Vaccination Hyderabad 1872-1889 - 1872-1889
Year: 1872
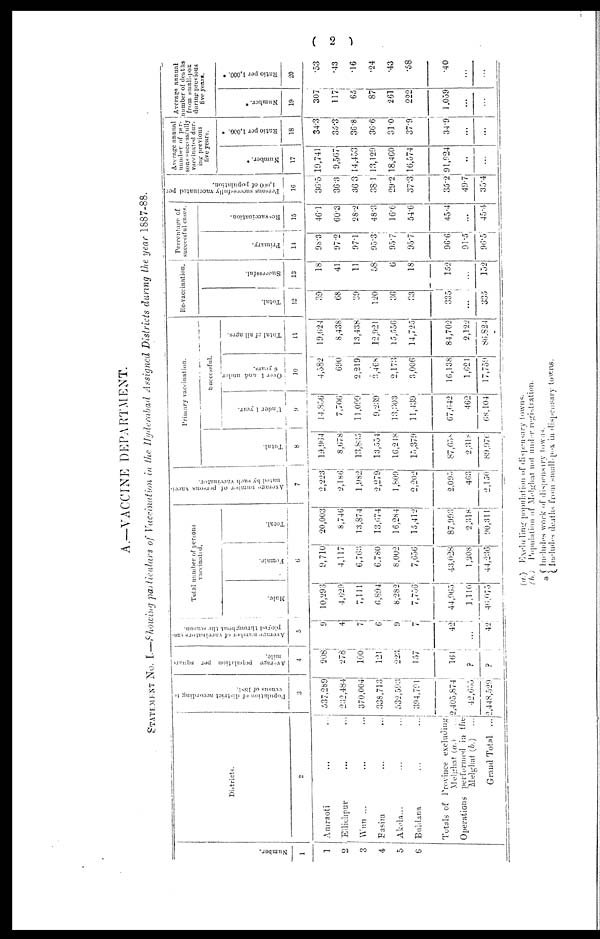
( 2 )
A.—VACCINE DEPARTMENT.
STATEMENT No. I.—Showing particulars of Vaccination in the Hyderabad Assigned Districts during the year 1887-88.
Number.
1
1
2
3
4
5
6
Districts.
2
Amraoti
...
...
Ellichpur ... ...
Wun ... ...
Basim ... ...
Akola... ...
Buldana
...
...
Totals of Province excluding
Melghat (a.)
...
Operations performed in the
Melghat(b.)
...
Grand Total ...
Population of district according to
census of
1881.
3
537,289
232,484
370,004
338,713
532,593
304,791
2,405,874
42,655
2,448,529
Average population per square
mile.
4
208
278
100
121
223
157
161
?
?
Average number of vaccinators em¬
ployed throughout the season.
5
9
4
7
6
9
7
42
...
42
Total number of persons
vaccinated.
Male.
Female.
Total.
6
10,293
4,629
7,111
6,894
8,282
7,756
44,965
1,110
46,075
9,710
4,117
6,763
6,780
8,002
7,656
43,028
1,208
44,236
20,003
8,746
13,874
13,674
16,284
15,412
87,993
2,318
90,311
Average number of persons vacci-
nated by each vaccinator.
7
2,223
2,186
1,982
2,279
1,809
2,202
2,095
463
2,150
Primary vaccination.
Total.
8
19,964
8,678
13,835
13,554
16,218
15,379
87,658
2,318
89,970
successful.
Under 1 year.
9
14,856
7,706
11,099
9,239
13,303
11,439
67,642
462
68,104
Over 1 and under
6 years.
10
4,582
690
2,219
3,468
2,173
3,006
16,138
1,621
17,759
Total of all ages.
11
19,624
8,438
13,438
12,921
15,556
14,725
84,702
2,122
86,824
Re-vaccination.
Total.
12
39
68
39
120
36
33
335
...
335
Successful.
13
18
41
11
58
6
18
152
...
152
Percentage of
successful cases.
Primary.
14
98.3
97.2
97.1
95.3
95.7
95.7
96.6
91.5
96.5
Re-vaccination.
15
46.1
60.3
28.2
48.3
16.6
54.6
45.4
...
45.4
Persons successfully vaccinated per
1,000 of population.
16
36.5
36.3
36.3
38.1
29.2
37.3
35.2
49.7
35.4
Average annual
number of per-
sons successfully
vaccinated dur-
ing previous
five years.
Number. *
17
19,741
9,567
14,453
13,129
18,460
16,574
91,924
...
...
Ratio per 1,000. *
18
34.3
35.3
36.8
36.6
31.0
37.9
34.9
...
...
Average annual
number of deaths
from small-pox
during previous
five years.
Number. *
19
307
117
65
87
261
222
1,059
...
...
Ratio per 1,000. *
20
.53
.43
.16
.24
.43
.58
.40
...
...
(a.)
(b.)
*
Excluding population of dispensary towns.
Population of Melghat not under registration.
Includes work of dispensary towns.
Includes deaths from small-pox in dispensary towns.